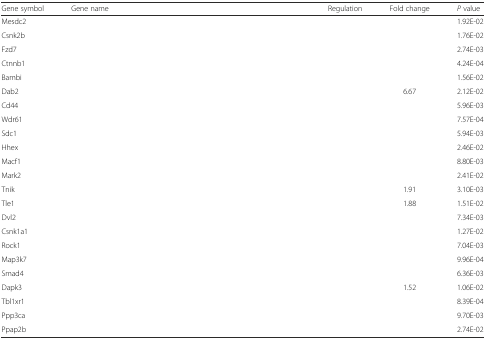
<table><thead><tr><td><b>Gene symbol</b></td><td><b>Gene name</b></td><td><b>Regulation</b></td><td><b>Fold change</b></td><td><b><i>P</i> value</b></td></tr></thead><tbody><tr><td>Mesdc2</td><td>[EMPTY_CELL]</td><td>[EMPTY_CELL]</td><td>[EMPTY_CELL]</td><td>1.92E-02</td></tr><tr><td>Csnk2b</td><td>[EMPTY_CELL]</td><td>[EMPTY_CELL]</td><td>[EMPTY_CELL]</td><td>1.76E-02</td></tr><tr><td>Fzd7</td><td>[EMPTY_CELL]</td><td>[EMPTY_CELL]</td><td>[EMPTY_CELL]</td><td>2.74E-03</td></tr><tr><td>Ctnnb1</td><td>[EMPTY_CELL]</td><td>[EMPTY_CELL]</td><td>[EMPTY_CELL]</td><td>4.24E-04</td></tr><tr><td>Bambi</td><td>[EMPTY_CELL]</td><td>[EMPTY_CELL]</td><td>[EMPTY_CELL]</td><td>1.56E-02</td></tr><tr><td>Dab2</td><td>[EMPTY_CELL]</td><td>[EMPTY_CELL]</td><td>6.67</td><td>2.12E-02</td></tr><tr><td>Cd44</td><td>[EMPTY_CELL]</td><td>[EMPTY_CELL]</td><td>[EMPTY_CELL]</td><td>5.96E-03</td></tr><tr><td>Wdr61</td><td>[EMPTY_CELL]</td><td>[EMPTY_CELL]</td><td>[EMPTY_CELL]</td><td>7.57E-04</td></tr><tr><td>Sdc1</td><td>[EMPTY_CELL]</td><td>[EMPTY_CELL]</td><td>[EMPTY_CELL]</td><td>5.94E-03</td></tr><tr><td>Hhex</td><td>[EMPTY_CELL]</td><td>[EMPTY_CELL]</td><td>[EMPTY_CELL]</td><td>2.46E-02</td></tr><tr><td>Macf1</td><td>[EMPTY_CELL]</td><td>[EMPTY_CELL]</td><td>[EMPTY_CELL]</td><td>8.80E-03</td></tr><tr><td>Mark2</td><td>[EMPTY_CELL]</td><td>[EMPTY_CELL]</td><td>[EMPTY_CELL]</td><td>2.41E-02</td></tr><tr><td>Tnik</td><td>[EMPTY_CELL]</td><td>[EMPTY_CELL]</td><td>1.91</td><td>3.10E-03</td></tr><tr><td>Tle1</td><td>[EMPTY_CELL]</td><td>[EMPTY_CELL]</td><td>1.88</td><td>1.51E-02</td></tr><tr><td>Dvl2</td><td>[EMPTY_CELL]</td><td>[EMPTY_CELL]</td><td>[EMPTY_CELL]</td><td>7.34E-03</td></tr><tr><td>Csnk1a1</td><td>[EMPTY_CELL]</td><td>[EMPTY_CELL]</td><td>[EMPTY_CELL]</td><td>1.27E-02</td></tr><tr><td>Rock1</td><td>[EMPTY_CELL]</td><td>[EMPTY_CELL]</td><td>[EMPTY_CELL]</td><td>7.04E-03</td></tr><tr><td>Map3k7</td><td>[EMPTY_CELL]</td><td>[EMPTY_CELL]</td><td>[EMPTY_CELL]</td><td>9.96E-04</td></tr><tr><td>Smad4</td><td>[EMPTY_CELL]</td><td>[EMPTY_CELL]</td><td>[EMPTY_CELL]</td><td>6.36E-03</td></tr><tr><td>Dapk3</td><td>[EMPTY_CELL]</td><td>[EMPTY_CELL]</td><td>1.52</td><td>1.06E-02</td></tr><tr><td>Tbl1xr1</td><td>[EMPTY_CELL]</td><td>[EMPTY_CELL]</td><td>[EMPTY_CELL]</td><td>8.39E-04</td></tr><tr><td>Ppp3ca</td><td>[EMPTY_CELL]</td><td>[EMPTY_CELL]</td><td>[EMPTY_CELL]</td><td>9.70E-03</td></tr><tr><td>Ppap2b</td><td>[EMPTY_CELL]</td><td>[EMPTY_CELL]</td><td>[EMPTY_CELL]</td><td>2.74E-02</td></tr></tbody></table>